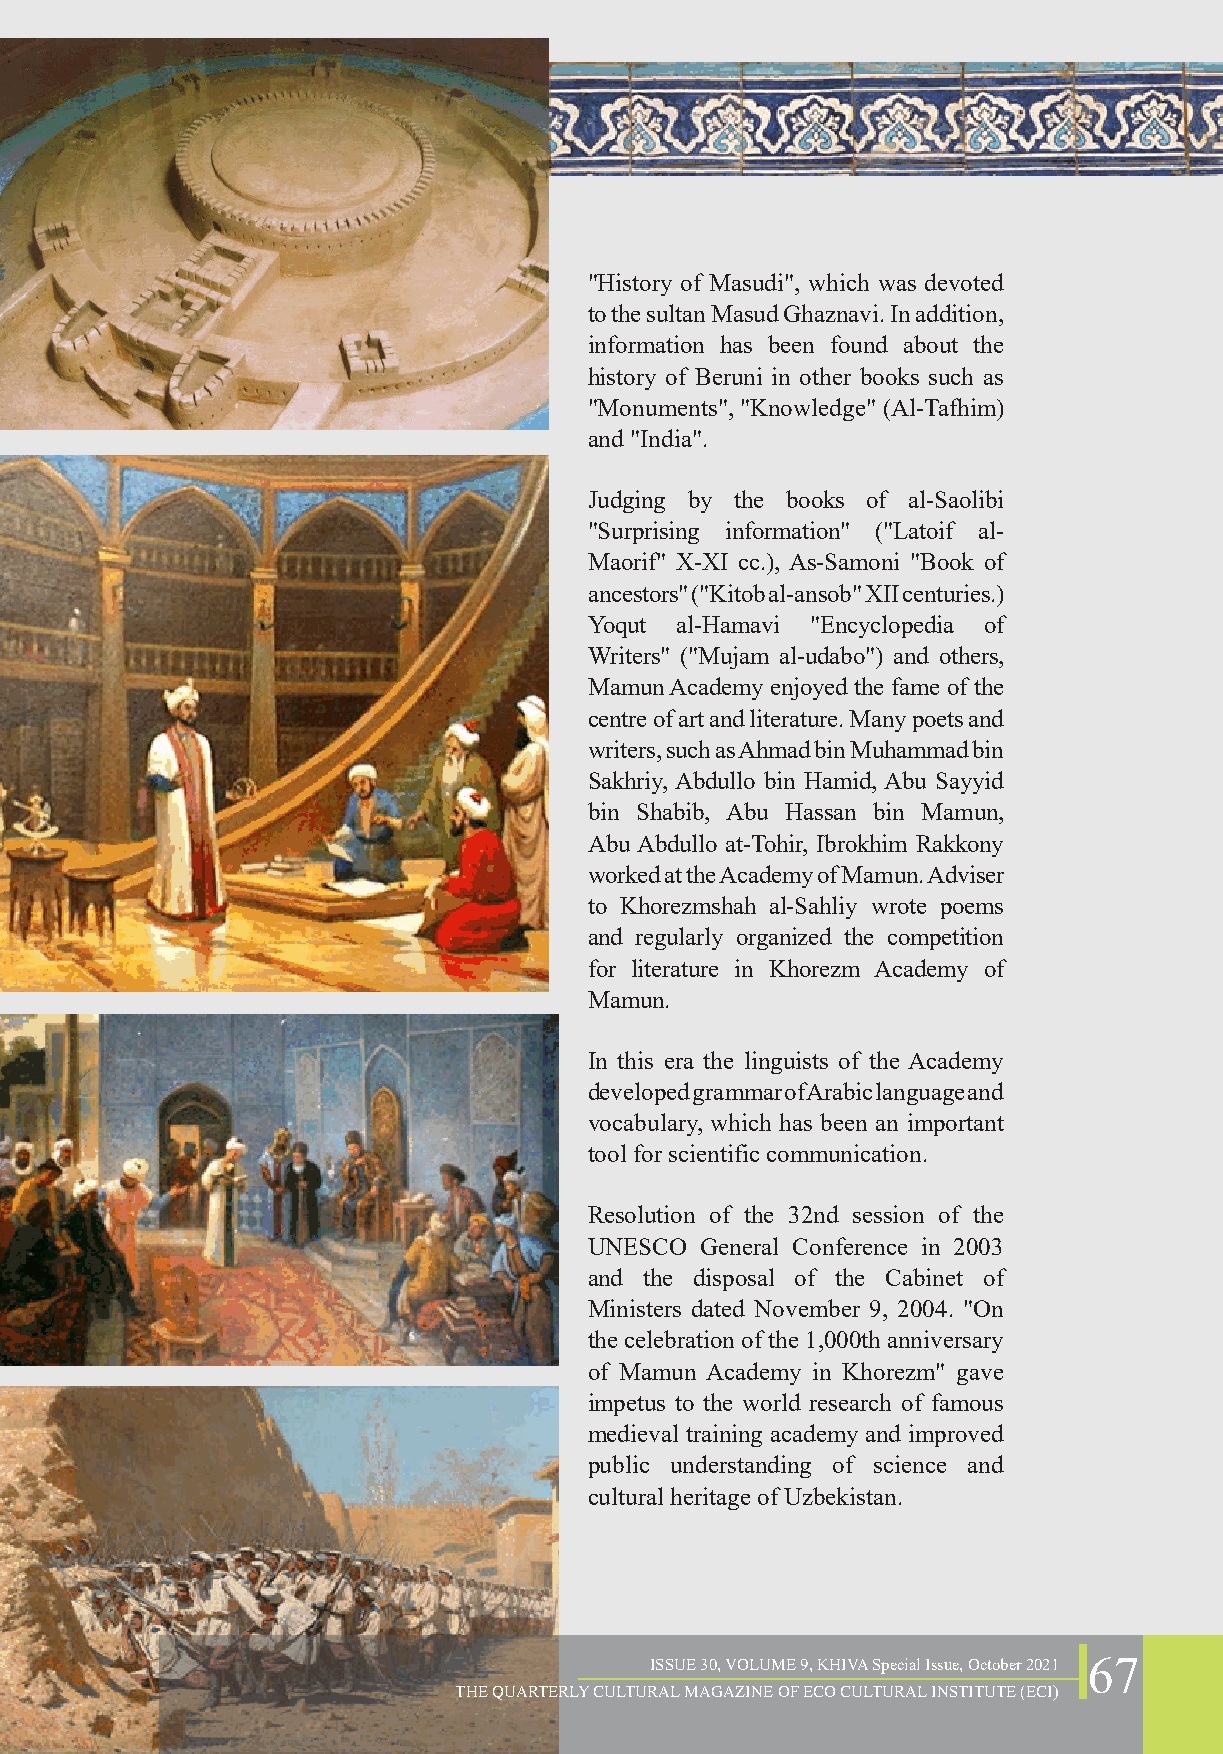
"History of Masudi", which was devoted
 to the sultan Masud Ghaznavi. In addition,
 information has been found about the
 history of Beruni in other books such as
 "Monuments", "Knowledge" (Al-Tafhim)
 and "India".
 Judging by the books of al-Saolibi
 "Surprising information" ("Latoif al-
 Maorif" X-XI cc.), As-Samoni "Book of
 ancestors" ("Kitob al-ansob" XII centuries.)
 Yoqut al-Hamavi "Encyclopedia of
 Writers" ("Mujam al-udabo") and others,
 Mamun Academy enjoyed the fame of the
 centre of art and literature. Many poets and
 writers, such as Ahmad bin Muhammad bin
 Sakhriy, Abdullo bin Hamid, Abu Sayyid
 bin Shabib, Abu Hassan bin Mamun,
 Abu Abdullo at-Tohir, Ibrokhim Rakkony
 worked at the Academy of Mamun. Adviser
 to Khorezmshah al-Sahliy wrote poems
 and regularly organized the competition
 for literature in Khorezm Academy of
 Mamun.
 In this era the linguists of the Academy
 developed grammar of Arabic language and
 vocabulary, which has been an important
 tool for scientific communication.
 Resolution of the 32nd session of the
 UNESCO  General Conference in 2003
 and the disposal of the Cabinet of
 Ministers dated November 9, 2004. "On
 the celebration of the 1,000th anniversary
 of Mamun Academy in Khorezm" gave
 impetus to the world research of famous
 medieval training academy and improved
 public understanding of science and
 cultural heritage of Uzbekistan.
 ISSUE 30, VOLUME 9, KHIVA Special Issue, October 2021 67
 THE QUARTERLY CULTURAL MAGAZINE OF ECO CULTURAL INSTITUTE (ECI)